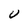
Character: U